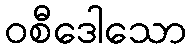
ဝစီဒေါသော